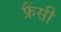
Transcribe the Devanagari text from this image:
फ्रैंसी